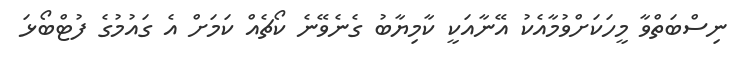
ނިސްބަތްވާ މީހަކަށްވުމާއެކު އޭނާއަކީ ކާމިޔާބު ގެނެވޭނެ ކޯޗެއް ކަމަށް އެ ގައުމުގެ ފުޓްބޯޅަ